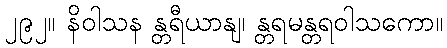
၂၉၂။ နိဝါသန န္တရီယာနျ၊ န္တရမန္တရဝါသကော။